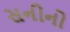
સનીનો